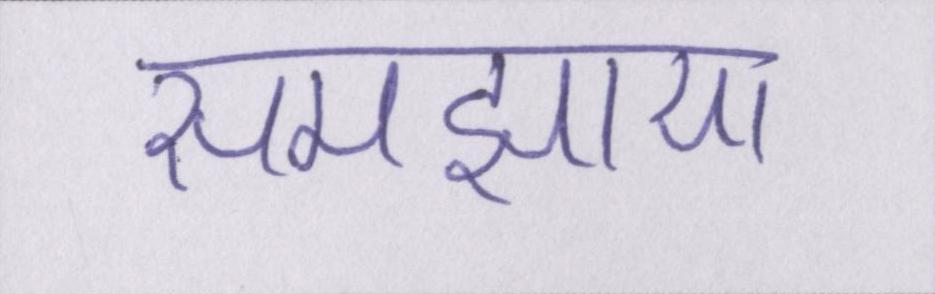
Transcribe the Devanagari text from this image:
समझाया